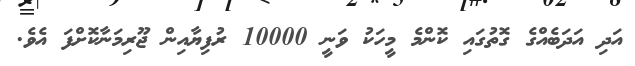
އަދި އަދަބެއްގެ ގޮތުގައި ކޮންމެ މީހަކު ވަނީ 10000 ރުފިޔާއިން ޖޫރިމަނާކޮށްފަ އެވެ.